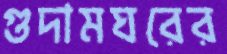
গুদামঘরের